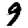
Digit: 9